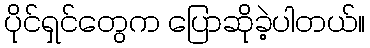
ပိုင်ရှင်တွေက ပြောဆိုခဲ့ပါတယ်။